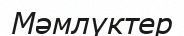
Мәмлүктер